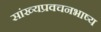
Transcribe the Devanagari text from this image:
सांख्यप्रवचनभाष्य